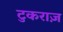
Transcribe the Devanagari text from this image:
टुकराज़